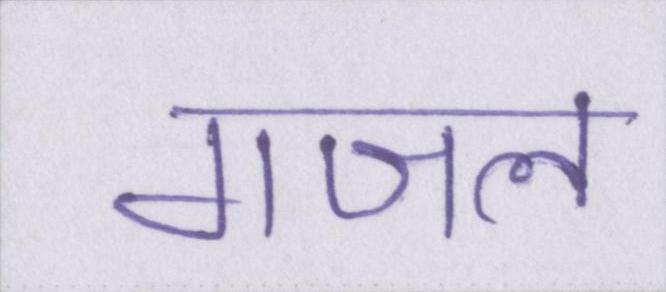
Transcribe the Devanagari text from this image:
गजल